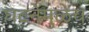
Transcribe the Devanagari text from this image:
घटनेमुळेच